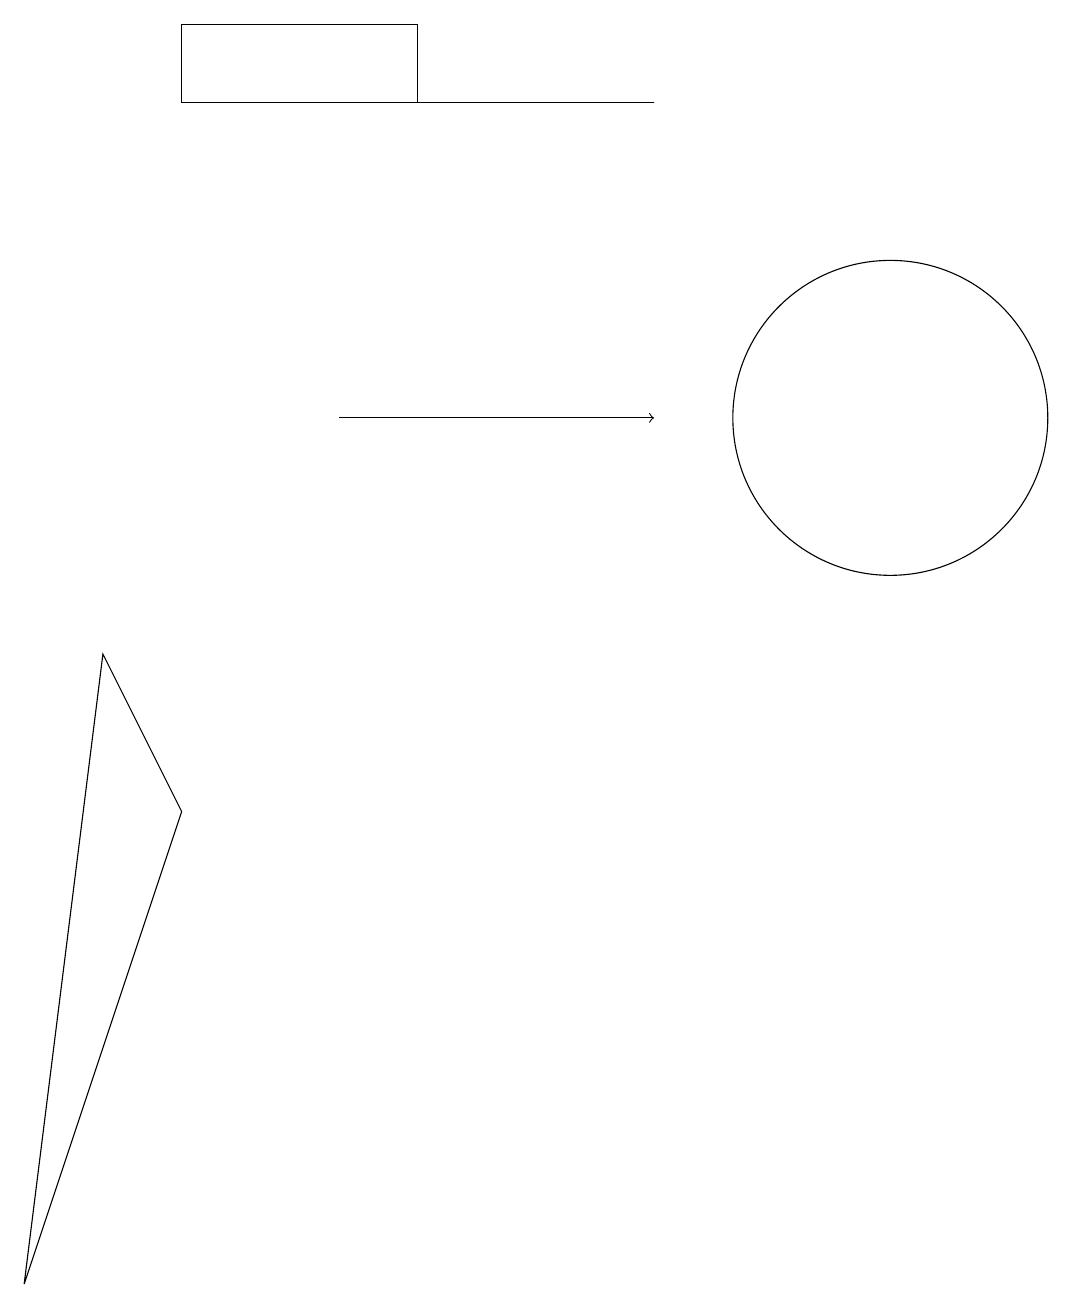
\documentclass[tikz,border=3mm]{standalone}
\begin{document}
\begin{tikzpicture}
\draw (2,15) rectangle (5,16);
\draw (8,15) rectangle (4,15);
\draw (2,6) -- (1,8) -- (0,0) -- cycle;
\draw (11,11) circle (2);
\draw[->] (4,11) -- (8,11);
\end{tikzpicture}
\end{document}